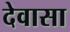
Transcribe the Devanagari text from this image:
देवासा